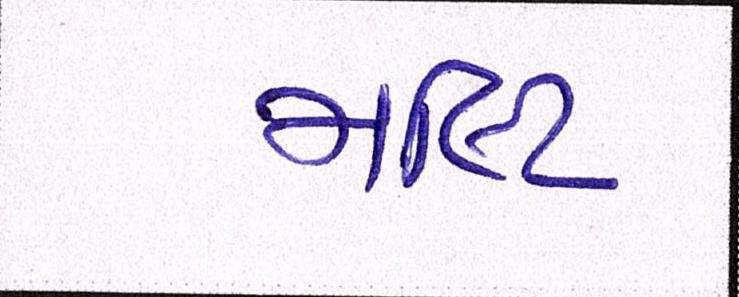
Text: મલ્ટિ